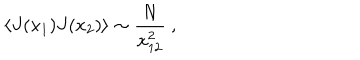
\langle J ( x _ { 1 } ) J ( x _ { 2 } ) \rangle \sim { \frac { N } { x _ { 1 2 } ^ { 2 } } } \ ,